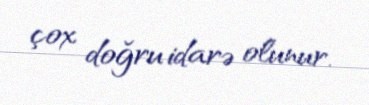
çox doğru idarə olunur.